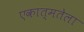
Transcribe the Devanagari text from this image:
एकात्मतेला